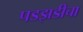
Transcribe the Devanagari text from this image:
पडझडीचा